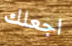
اجعلك